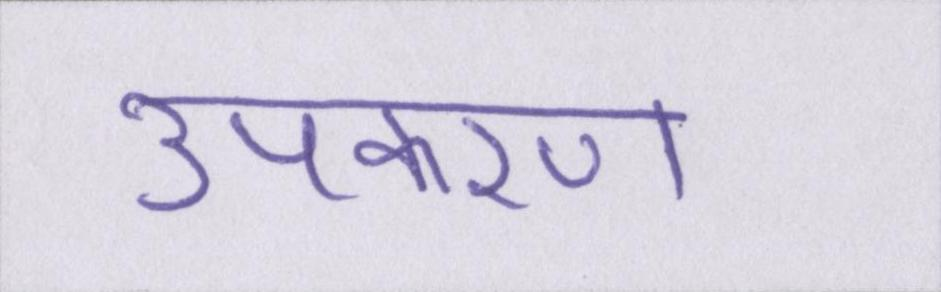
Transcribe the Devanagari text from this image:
उपकरण